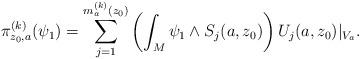
LaTeX: \begin{align*}\pi_{z_0,a}^{(k)}(\psi_1)=\sum_{j=1}^{m_a^{(k)}(z_0)}\left(\int_M\psi_1\wedge S_j(a,z_0)\right) U_j(a,z_0)|_{V_a}.\end{align*}